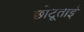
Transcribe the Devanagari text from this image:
छोटूताई